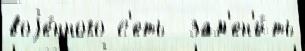
воjе́нного с'еть  зам'ен'и́ть